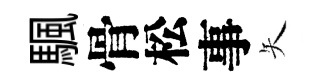
颿骨松事矢